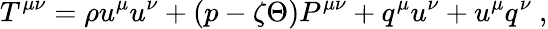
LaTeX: T^{\mu\nu}=\rho u^{\mu}u^{\nu}+(p-\zeta\Theta)P^{\mu\nu}+q^{\mu}u^{\nu}+u^{\mu}q^{\nu}~,